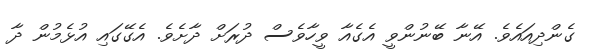
ގެންދިއައެވެ. އޭނާ ބޭނުންވީ އެގެއާ ވީހާވެސް ދުރަށް ދާށެވެ. އެގޭގައި އުޅެމުން ދާ